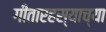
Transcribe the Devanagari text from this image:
गीतारहस्याच्या